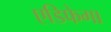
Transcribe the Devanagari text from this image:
एडिफेगा